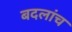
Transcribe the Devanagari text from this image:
बदलांच